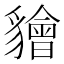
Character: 𧴚